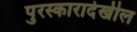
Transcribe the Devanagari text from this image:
पुरस्कारादेखील